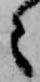
々